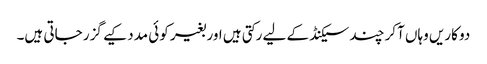
دو کاریں وہاں آکر چند سیکنڈ کے لیے رکتی ہیں اور بغیر کوئی مدد کیے گزر جاتی ہیں۔